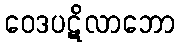
ဝေဒပဋိလာဘော